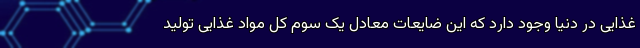
غذایی در دنیا وجود دارد که این ضایعات معادل یک سوم کل مواد غذایی تولید